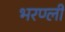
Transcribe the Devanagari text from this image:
भरण्ली